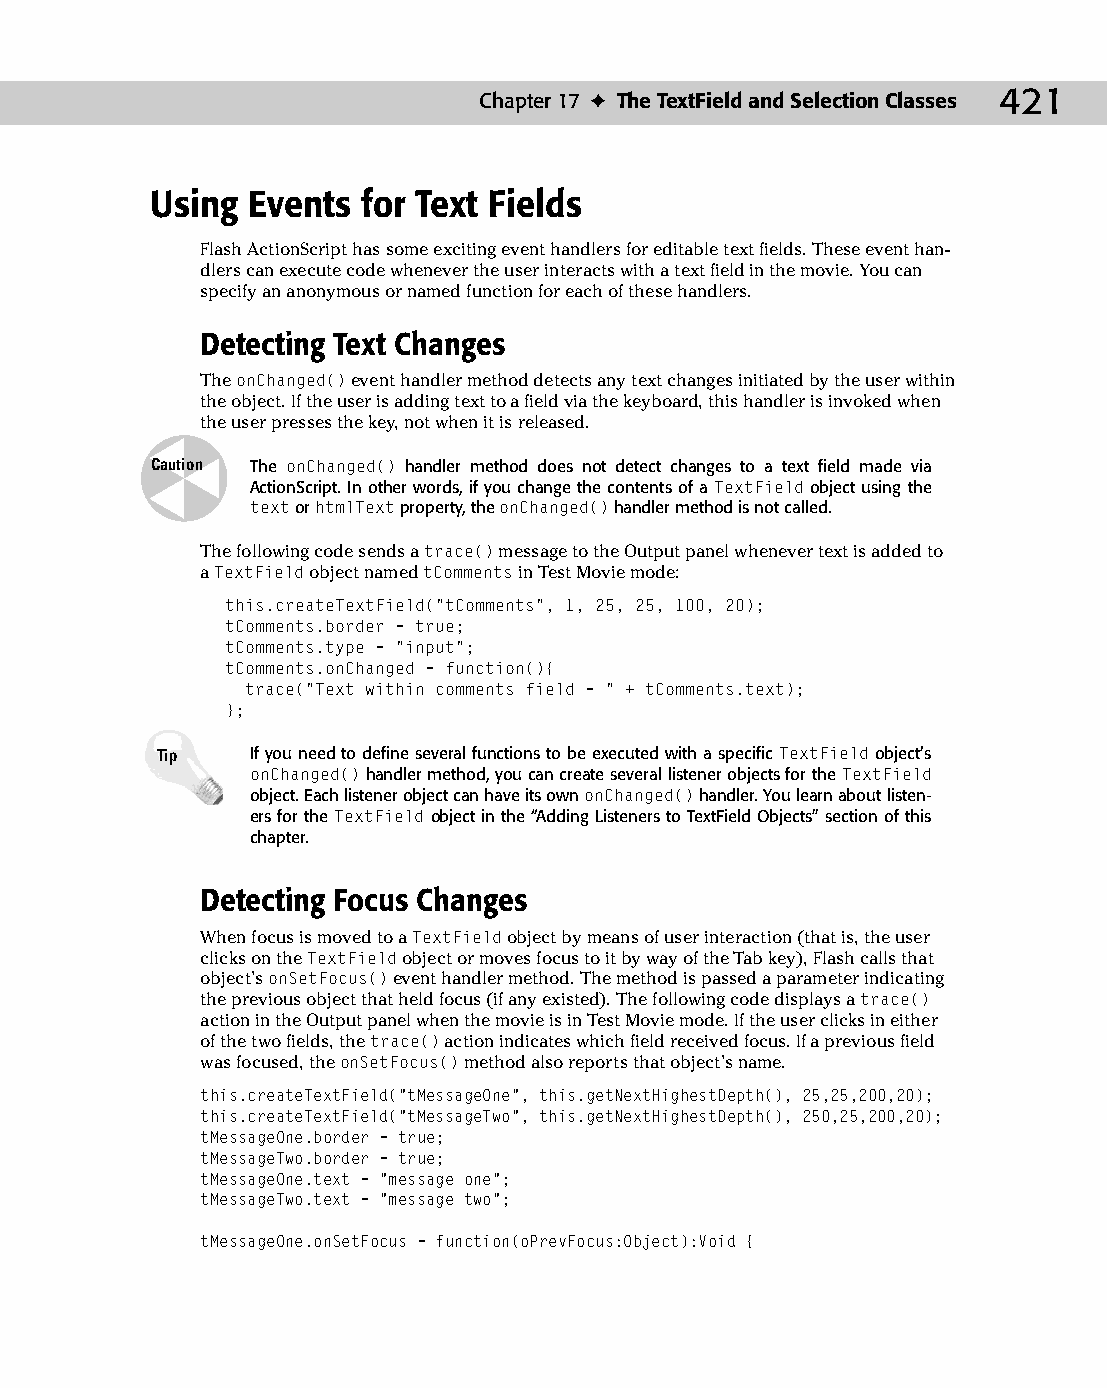
23 543547 ch17.qxd 3/24/04 4:11 PM Page 421
 Chapter 17 ✦ The TextField and Selection Classes 421
 Using Events  for Text Fields
 Flash ActionScript has some exciting event handlers for editable text fields. These event han­
 dlers can execute code whenever the user interacts with a text field in the movie. You can
 specify an anonymous or named function for each of these handlers.
 Detecting Text Changes
 The onChanged() event handler method detects any text changes initiated by the user within
 the object. If the user is adding text to a field via the keyboard, this handler is invoked when
 the user presses the key, not when it is released.
 Caution The onChanged() handler method does not detect changes to a text field made via
 ActionScript. In other words, if you change the contents of a TextField object using the
 text or htmlText property, the onChanged() handler method is not called.
 The following code sends a trace() message to the Output panel whenever text is added to
 a TextField object named tComments in Test Movie mode:
 this.createTextField(“tComments”, 1, 25, 25, 100, 20);
 tComments.border = true;
 tComments.type = “input”;
 tComments.onChanged = function(){
 trace(“Text within comments field = “ + tComments.text);
 };
 Tip    If you need to define several functions to be executed with a specific TextField object’s
 onChanged() handler method, you can create several listener objects for the TextField
 object. Each listener object can have its own onChanged() handler. You learn about listen­
 ers for the TextField object in the “Adding Listeners to TextField Objects” section of this
 chapter.
 Detecting Focus Changes
 When focus is moved to a TextField object by means of user interaction (that is, the user
 clicks on the TextField object or moves focus to it by way of the Tab key), Flash calls that
 object’s onSetFocus() event handler method. The method is passed a parameter indicating
 the previous object that held focus (if any existed). The following code displays a trace()
 action in the Output panel when the movie is in Test Movie mode. If the user clicks in either
 of the two fields, the trace() action indicates which field received focus. If a previous field
 was focused, the onSetFocus() method also reports that object’s name.
 this.createTextField(“tMessageOne”, this.getNextHighestDepth(), 25,25,200,20);
 this.createTextField(“tMessageTwo”, this.getNextHighestDepth(), 250,25,200,20);
 tMessageOne.border = true;
 tMessageTwo.border = true;
 tMessageOne.text = “message one”;
 tMessageTwo.text = “message two”;
 tMessageOne.onSetFocus = function(oPrevFocus:Object):Void {